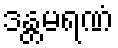
ဒန္တမရဏံ